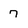
Character: 7